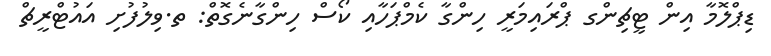
ޑިޕްލޮމާ އިން ޓީޗިންގ ޕްރައިމަރީ ހިންގާ ކެމްޕަހާއި ކޯސް ހިންގާނެގޮތް: ތ.ވިލުފުށި އައުޓްރީޗް